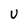
Character: U